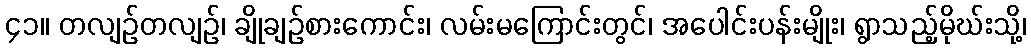
၄၁။ တလျဉ်တလျဉ်၊ ချိုချဉ်စားကောင်း၊ လမ်းမကြောင်းတွင်၊ အပေါင်းပန်းမျိုး၊ ရွာသည့်မိုဃ်းသို့၊